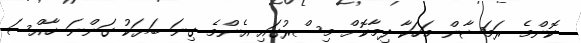
ކޮންމެ ރަމަޟާން މަހަކާ ދިމާކޮށް މިސްރުގައި އެންމެ ގިނަ ބަޔަކު ގަންނަ ޚާއްސަ